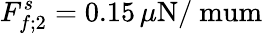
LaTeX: F_{f;2}^{s}=0.15\, \mu\mathrm{N/\ mum}